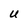
Character: U